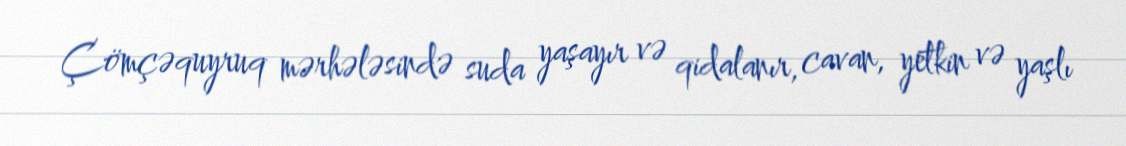
Çömçəquyruq mərhələsində suda yaşayır və qidalanır, cavan, yetkin və yaşlı